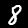
Label: 8